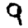
Digit: 9